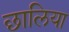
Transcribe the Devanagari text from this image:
छालिया